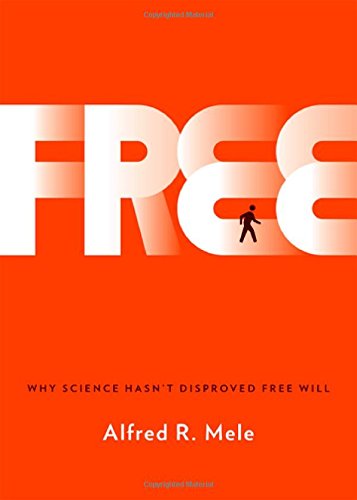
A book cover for Free: Why Science Hasn't Disproved Free Will; Alfred R. Mele; Politics & Social Sciences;